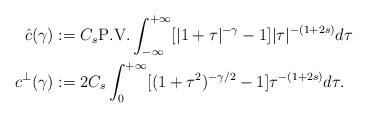
LaTeX: \begin{align*}\hat c(\gamma) & := C_s \mathrm{P.V.} \int_{-\infty}^{+\infty} [|1 + \tau|^{-\gamma} - 1] |\tau|^{-(1 + 2s)} d\tau \\c^\perp(\gamma) & := 2 C_s \int_{0}^{+\infty} [(1 + \tau^2)^{-\gamma/2} - 1] \tau^{-(1 + 2s)} d\tau.\end{align*}